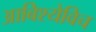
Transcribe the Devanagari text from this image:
आबिश्येविच